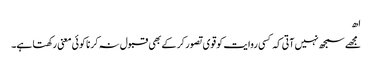
اھ
مجھے سمجھ نہیں آتی کہ کسی روایت کو قوی تصور کر کے بھی قبول نہ کرنا کوئی معنی رکھتا ہے۔